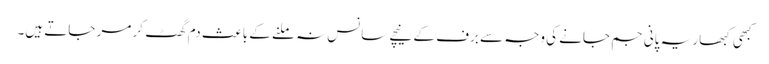
کبھی کبھار یہ پانی جم جانے کی وجہ سے برف کے نیچے سانس نہ ملنے کے باعث دم گھٹ کر مر جاتے ہیں۔